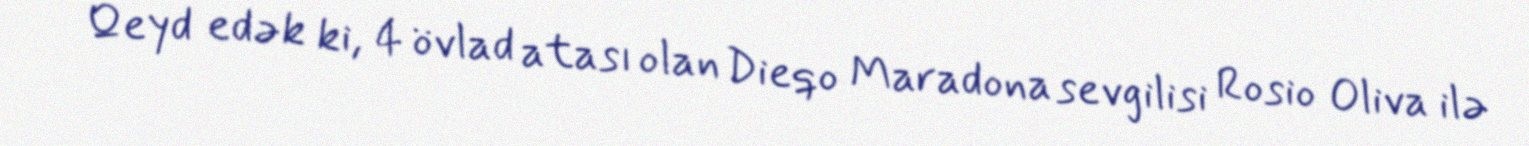
Qeyd edək ki, 4 övlad atası olan Dieqo Maradona sevgilisi Rosio Oliva ilə